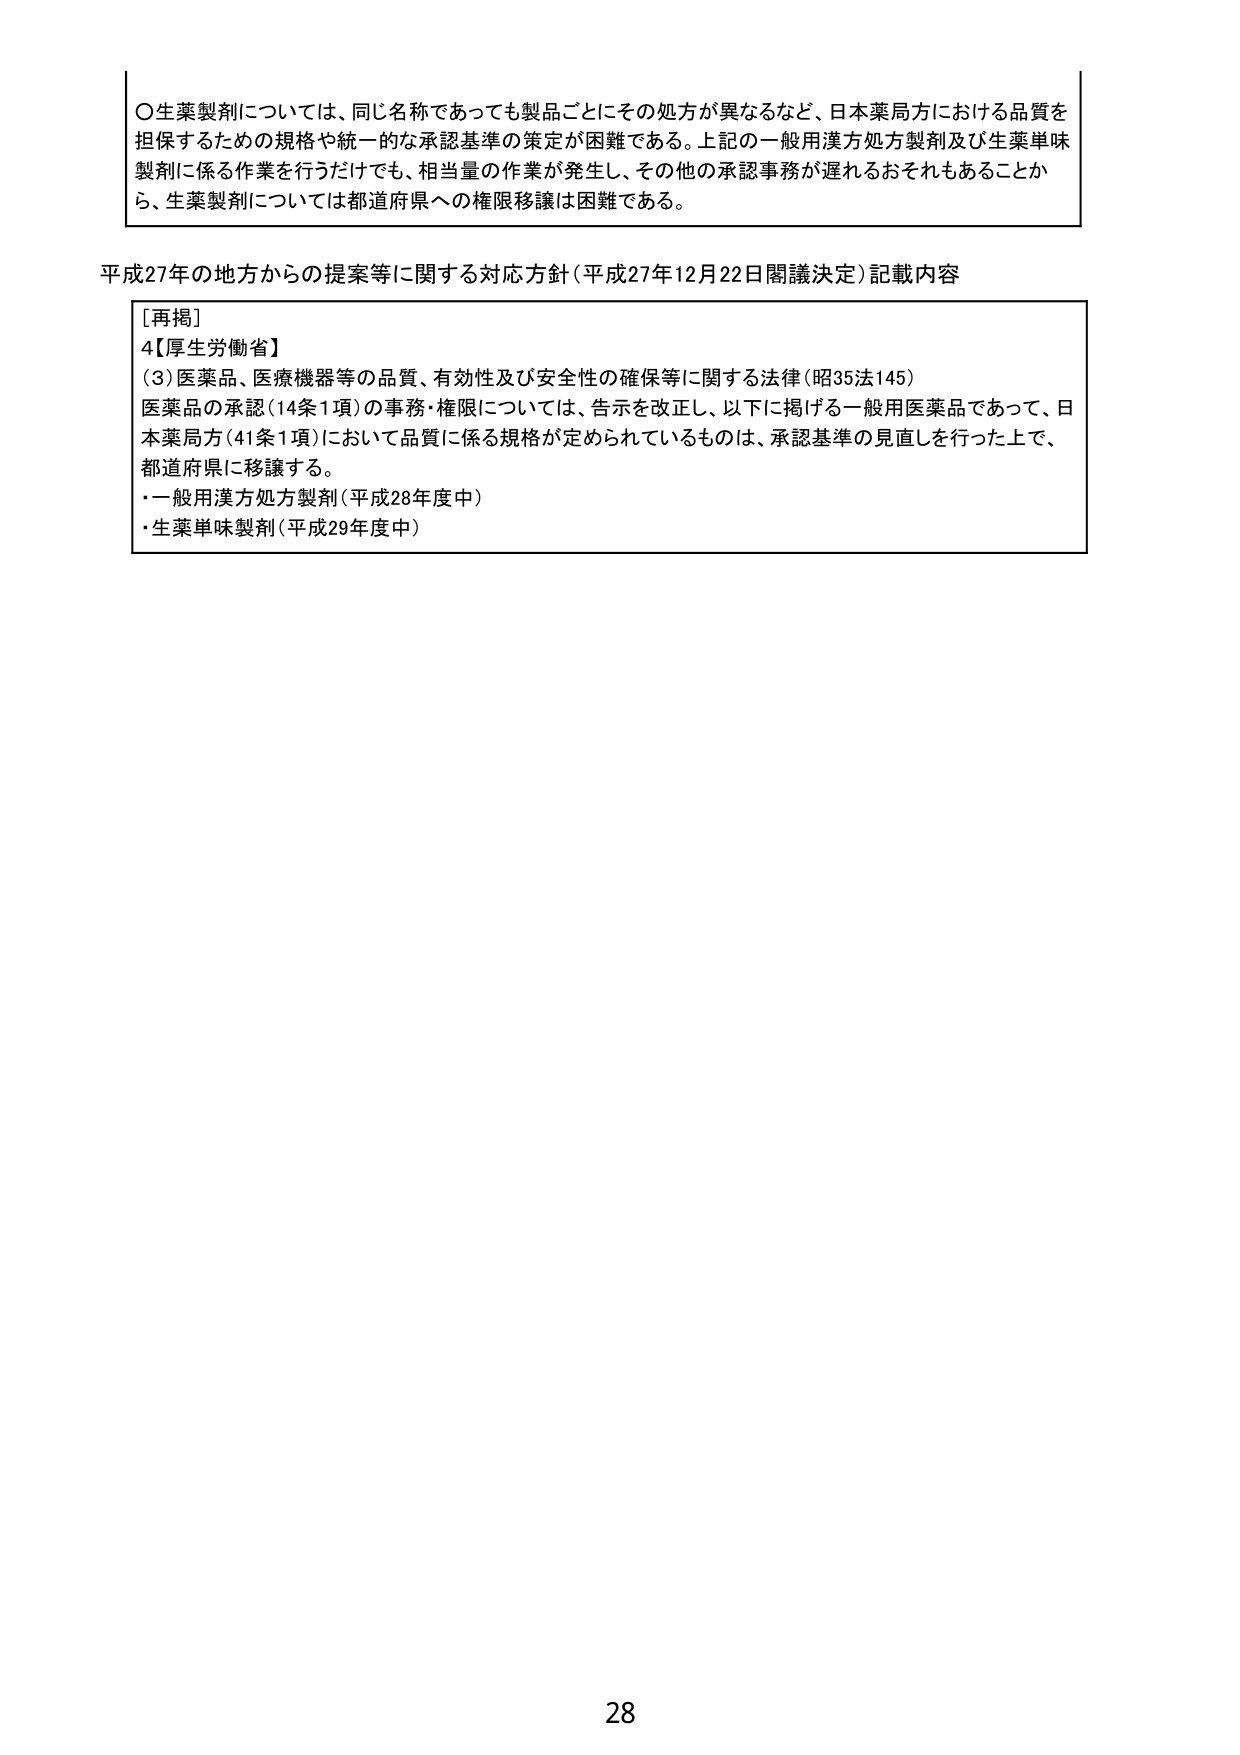
〇生薬製剤については、同じ名称であっても製品ごとにその処方が異なるなど、日本薬局方における品質を担保するための規格や統一的な承認基準の策定が困難である。上記の一般用漢方処方製剤及び生薬単味製剤に係る作業を行うだけでも、相当量の作業が発生し、その他の承認事務が遅れるおそれもあることから、生薬製剤については都道府県への権限移譲は困難である。

平成27年の地方からの提案等に関する対応方針（平成27年12月22日閣議決定）記載内容

［再掲］
4【厚生労働省】
（3）医薬品、医療機器等の品質、有効性及び安全性の確保等に関する法律（昭35法145）
医薬品の承認（14条1項）の事務・権限については、告示を改正し、以下に掲げる一般用医薬品であって、日本薬局方（41条1項）において品質に係る規格が定められているものは、承認基準の見直しを行った上で、都道府県に移譲する。
・一般用漢方処方製剤（平成28年度中）
・生薬単味製剤（平成29年度中）

28